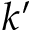
k ^ { \prime }